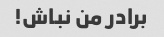
برادر من نباش!